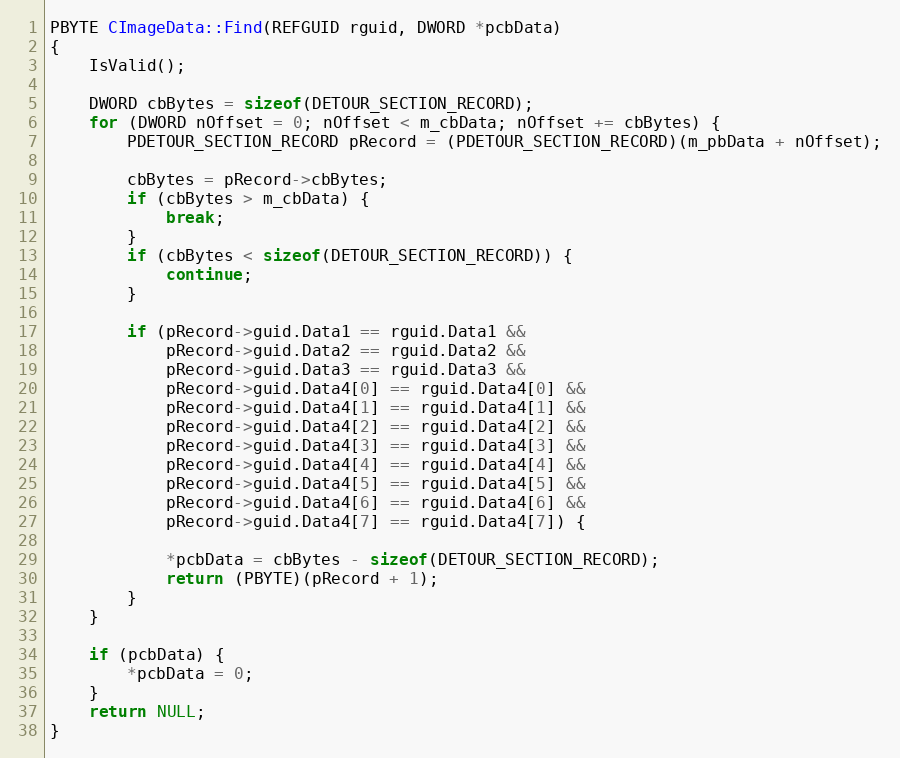
Language: C++
PBYTE CImageData::Find(REFGUID rguid, DWORD *pcbData)
{
    IsValid();

    DWORD cbBytes = sizeof(DETOUR_SECTION_RECORD);
    for (DWORD nOffset = 0; nOffset < m_cbData; nOffset += cbBytes) {
        PDETOUR_SECTION_RECORD pRecord = (PDETOUR_SECTION_RECORD)(m_pbData + nOffset);

        cbBytes = pRecord->cbBytes;
        if (cbBytes > m_cbData) {
            break;
        }
        if (cbBytes < sizeof(DETOUR_SECTION_RECORD)) {
            continue;
        }

        if (pRecord->guid.Data1 == rguid.Data1 &&
            pRecord->guid.Data2 == rguid.Data2 &&
            pRecord->guid.Data3 == rguid.Data3 &&
            pRecord->guid.Data4[0] == rguid.Data4[0] &&
            pRecord->guid.Data4[1] == rguid.Data4[1] &&
            pRecord->guid.Data4[2] == rguid.Data4[2] &&
            pRecord->guid.Data4[3] == rguid.Data4[3] &&
            pRecord->guid.Data4[4] == rguid.Data4[4] &&
            pRecord->guid.Data4[5] == rguid.Data4[5] &&
            pRecord->guid.Data4[6] == rguid.Data4[6] &&
            pRecord->guid.Data4[7] == rguid.Data4[7]) {

            *pcbData = cbBytes - sizeof(DETOUR_SECTION_RECORD);
            return (PBYTE)(pRecord + 1);
        }
    }

    if (pcbData) {
        *pcbData = 0;
    }
    return NULL;
}